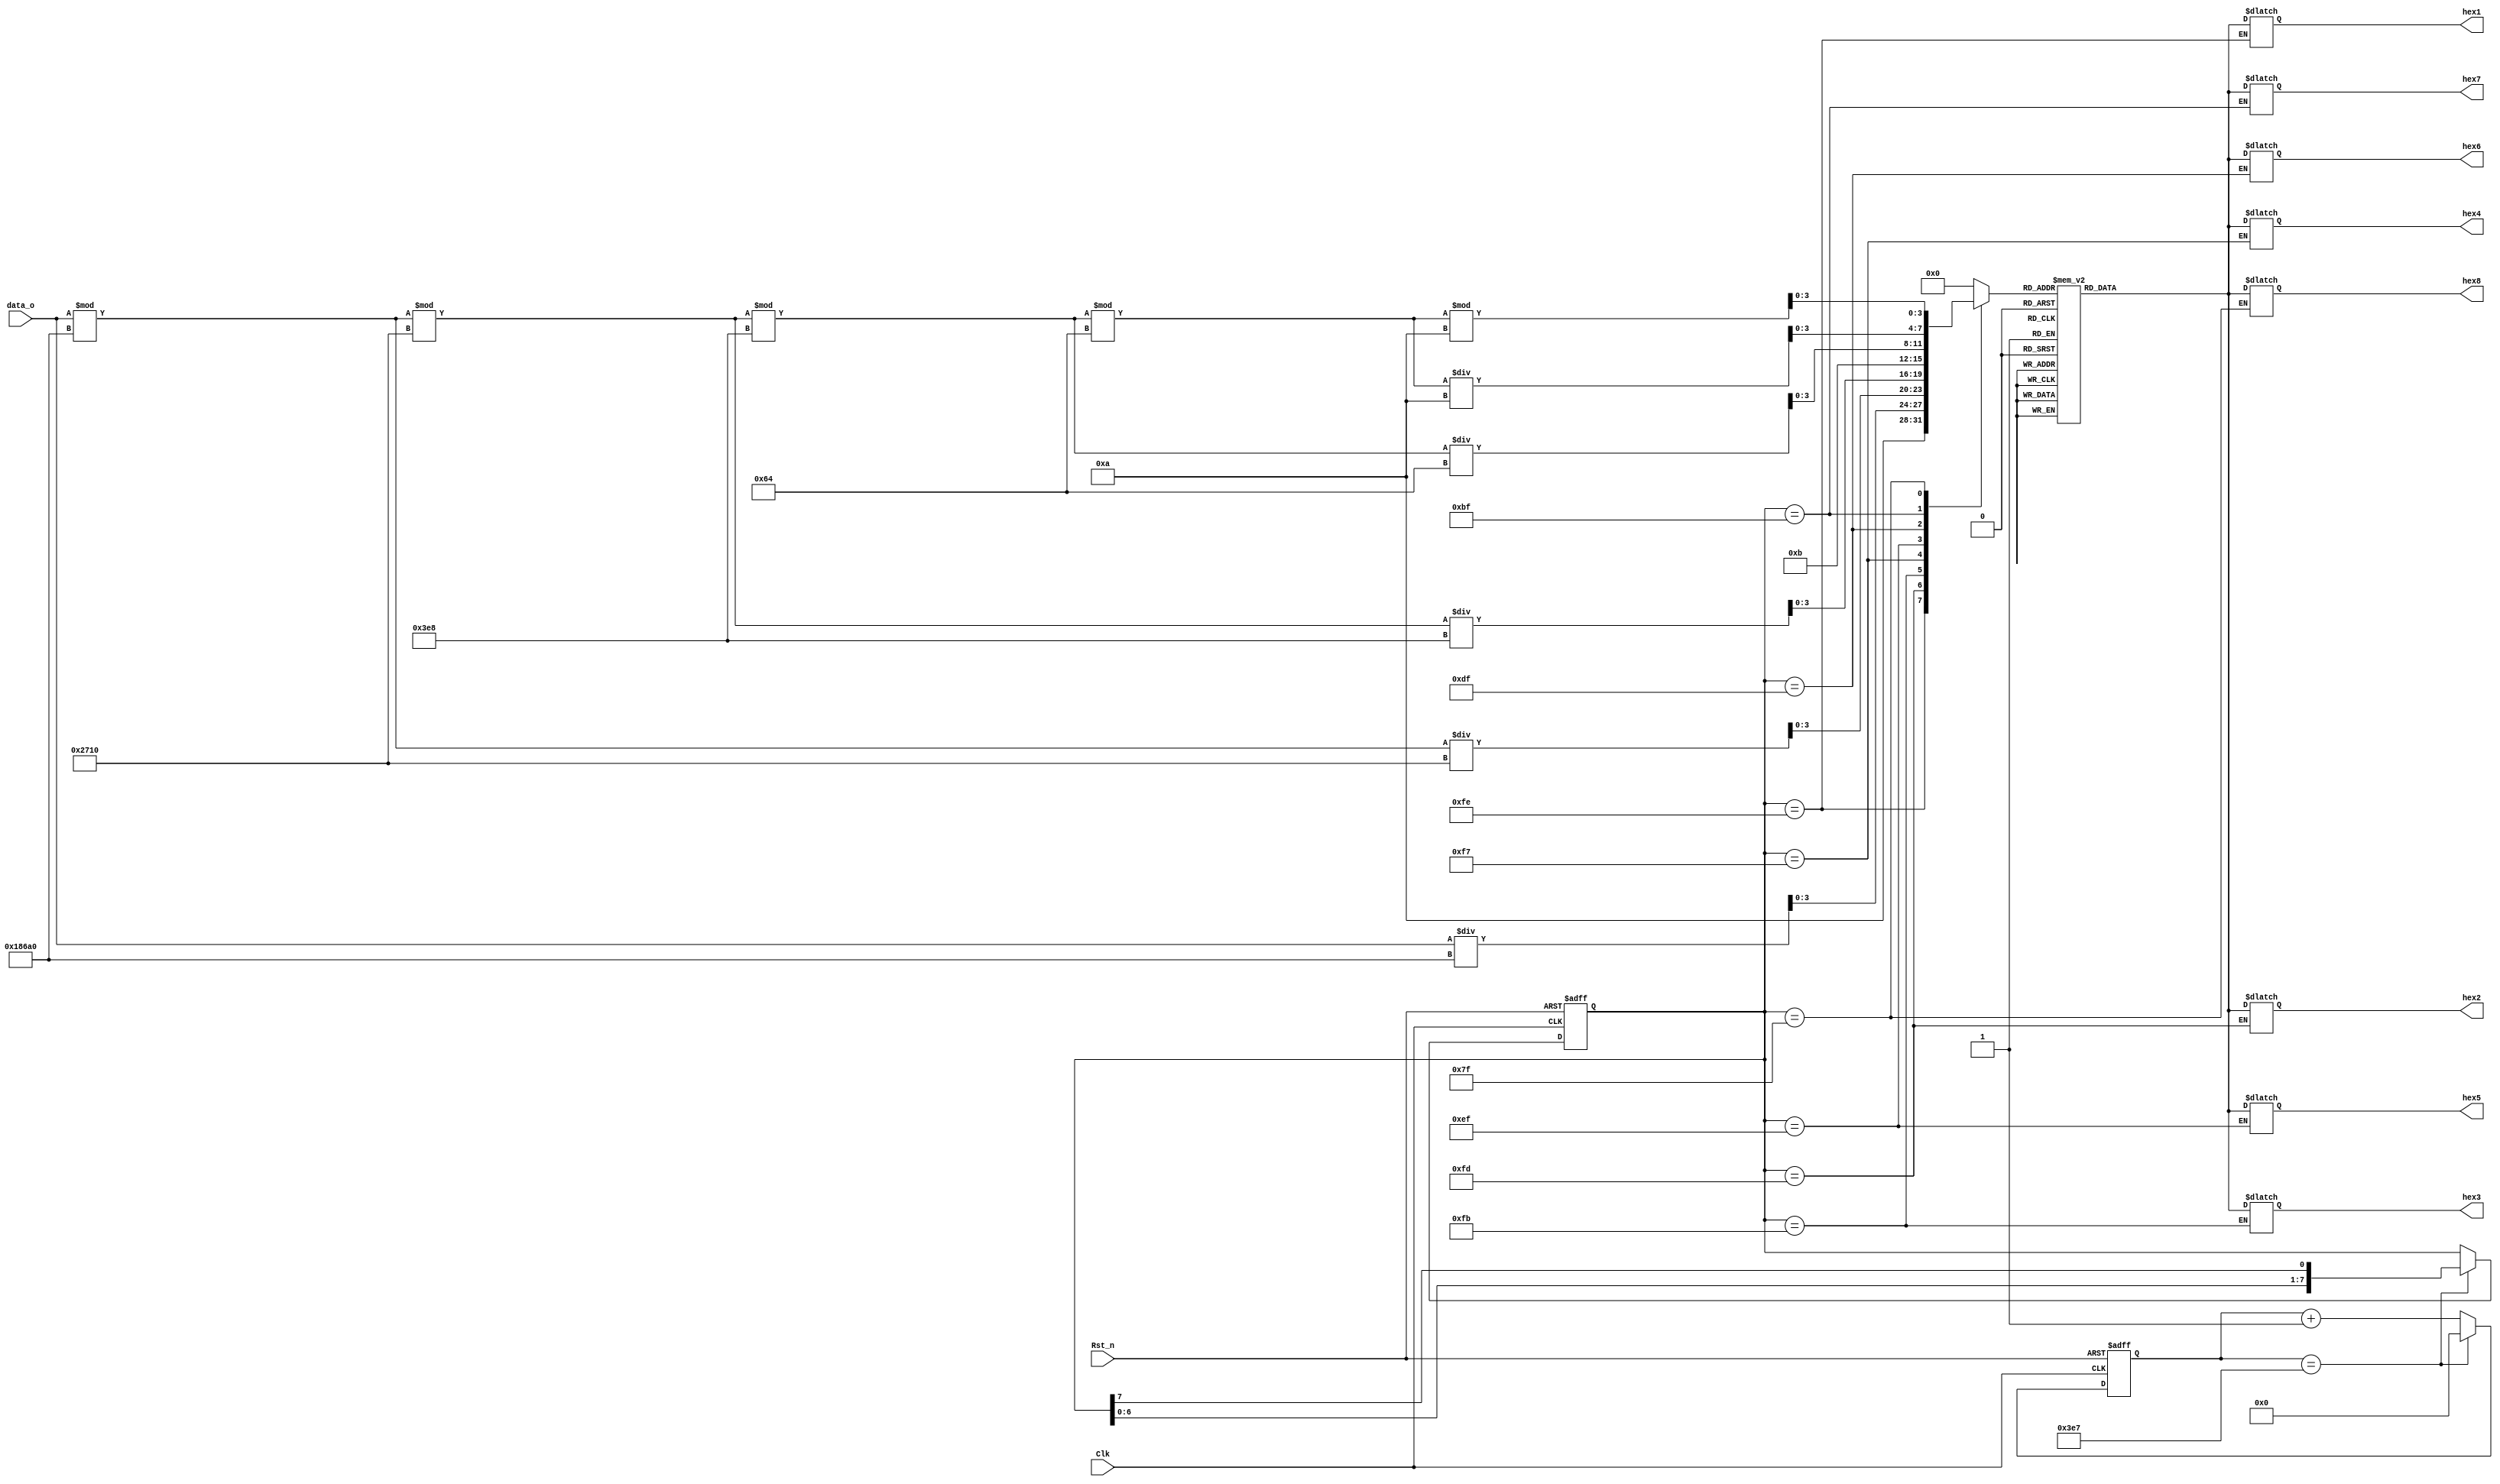
/*
---------------------------------------------------------
    Name:       seg_driver
    Author:     
    Date:       2023-5-27
    Time:       20:01
---------------------------------------------------------
    Software:   
                VS Code
*/
module seg_driver(
    input   wire        Clk     ,
    input   wire        Rst_n   ,
    input   wire [18:0] data_o  ,

    output  wire [6:0]  hex1    ,
    output  wire [6:0]  hex2    ,
    output  wire [6:0]  hex3    ,
    output  wire [6:0]  hex4    ,
    output  wire [6:0]  hex5    ,
    output  wire [6:0]  hex6    ,
    output  wire [6:0]  hex7    ,
    output  wire [6:0]  hex8     
);

parameter   NOTION  = 4'd10,
            FUSHU   = 4'd11;
parameter   MAX20us = 10'd1000;
reg [9:0]   cnt_20us;
reg [7:0]   sel_r;
reg [3:0]   number;
reg [6:0]   seg_r;
reg [6:0]   hex1_r;
reg [6:0]   hex2_r;
reg [6:0]   hex3_r;
reg [6:0]   hex4_r;
reg [6:0]   hex5_r;
reg [6:0]   hex6_r;
reg [6:0]   hex7_r;
reg [6:0]   hex8_r;



//20
always @(posedge Clk or negedge Rst_n) begin
    if (!Rst_n) begin
        cnt_20us <= 10'd0;
    end
    else if (cnt_20us == MAX20us - 1'd1) begin
        cnt_20us <= 10'd0;
    end
    else begin
        cnt_20us <= cnt_20us + 1'd1;
    end
end



//sel_r
always @(posedge Clk or negedge Rst_n) begin
    if (!Rst_n) begin
        sel_r <= 8'b11_11_11_10;
    end
    else if (cnt_20us == MAX20us - 1'd1) begin
        sel_r <= {sel_r[6:0],sel_r[7]};
    end
    else begin
        sel_r <= sel_r;
    end
end

/**/
always @(*) begin
    case (sel_r)
        8'b11_11_11_10:     number  = NOTION                                        ;
        8'b11_11_11_01:     number  = data_o/10_0000                                ;
        8'b11_11_10_11:     number  = (data_o%10_0000)/1_0000                       ;
        8'b11_11_01_11:     number  = ((data_o%10_0000)%1_0000)/1000                ;
        8'b11_10_11_11:     number  = FUSHU                                         ;
        8'b11_01_11_11:     number  = (((data_o%10_0000)%1_0000)%1000)/100          ;
        8'b10_11_11_11:     number  = ((((data_o%10_0000)%1_0000)%1000)%100)/10     ;
        8'b01_11_11_11:     number  = ((((data_o%10_0000)%1_0000)%1000)%100)%10     ;
        default:            number  = 4'd0                                          ;
    endcase
end

/*seg*/
always @(*) begin
    case (number)
        4'd0    :       seg_r   =  7'b100_0000;
        4'd1    :       seg_r   =  7'b111_1001;
        4'd2    :       seg_r   =  7'b010_0100;
        4'd3    :       seg_r   =  7'b011_0000;
        4'd4    :       seg_r   =  7'b001_1001;
        4'd5    :       seg_r   =  7'b001_0010;
        4'd6    :       seg_r   =  7'b000_0010;
        4'd7    :       seg_r   =  7'b111_1000;
        4'd8    :       seg_r   =  7'b000_0000;
        4'd9    :       seg_r   =  7'b001_0000;
        NOTION  :       seg_r   =  7'b111_1111;
        FUSHU   :       seg_r   =  7'b011_1111;
        default :       seg_r   =  7'b111_1111;
    endcase
end

always @(*) begin
    case (sel_r)
		8'b11_11_11_10:     hex1_r = seg_r;
		8'b11_11_11_01:     hex2_r = seg_r;
		8'b11_11_10_11:     hex3_r = seg_r;
		8'b11_11_01_11:     hex4_r = seg_r;
		8'b11_10_11_11:     hex5_r = seg_r;
		8'b11_01_11_11:     hex6_r = seg_r;
		8'b10_11_11_11:     hex7_r = seg_r;
		8'b01_11_11_11:     hex8_r = seg_r;
		default:            seg_r  = seg_r;
	endcase
end

assign  hex1 = hex1_r;
assign  hex2 = hex2_r;
assign  hex3 = hex3_r;
assign  hex4 = hex4_r;
assign  hex5 = hex5_r;
assign  hex6 = hex6_r;
assign  hex7 = hex7_r;
assign  hex8 = hex8_r;

endmodule